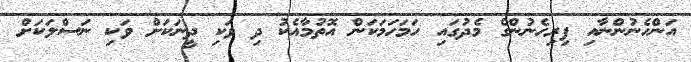
އަންހެނުންނާއި ފިރިހެނުންގެ މެދުގައި ހަމަހަމަކަން އޮތުމާއެކު ދި ވަކި ދީނަކަށް ވަކި ނަސްލަކަށް